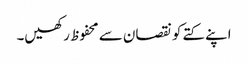
اپنے کتے کو نقصان سے محفوظ رکھیں۔